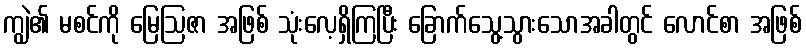
ကျွဲ၏ မစင်ကို မြေဩဇာ အဖြစ် သုံးလေ့ရှိကြပြီး ခြောက်သွေ့သွားသောအခါတွင် လောင်စာ အဖြစ်